Language: tamil
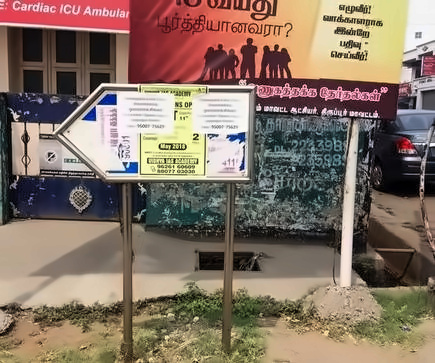
Transcription: பதிவு இன்றே பூர்த்தியானவரா வாக்காளராக செய்வீர் தேர்தல்கள் எழுவீர்